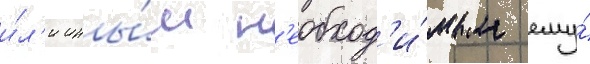
и́л'и ины́м н'еобход'и́мым ему́